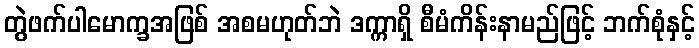
တွဲဖက်ပါမောက္ခအဖြစ် အစမဟုတ်ဘဲ ဒက္ကာရှိ စီမံကိန်းနာမည်ဖြင့် ဘက်စုံနှင့်